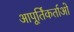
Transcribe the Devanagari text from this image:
आपूर्तिकर्ताओ